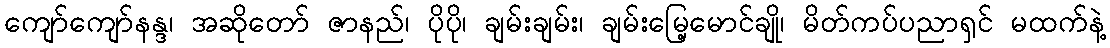
ကျော်ကျော်နန္ဒ၊ အဆိုတော် ဇာနည်၊ ပိုပို၊ ချမ်းချမ်း၊ ချမ်းမြေ့မောင်ချို၊ မိတ်ကပ်ပညာရှင် မထက်နဲ့